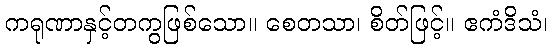
ကရုဏာနှင့်တကွဖြစ်သော။ စေတသာ၊ စိတ်ဖြင့်။ ဧကံဒိသံ၊